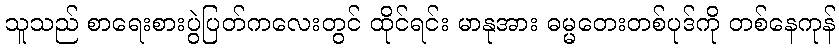
သူသည် စာရေးစားပွဲပြတ်ကလေးတွင် ထိုင်ရင်း မာနုအား ဓမ္မတေးတစ်ပုဒ်ကို တစ်နေကုန်